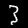
Label: 3